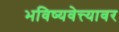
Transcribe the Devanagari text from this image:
भविष्यवेत्त्यावर